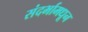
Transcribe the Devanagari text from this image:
संदर्भामधून